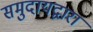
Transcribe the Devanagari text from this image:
समुदायद्वारा